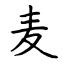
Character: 麦